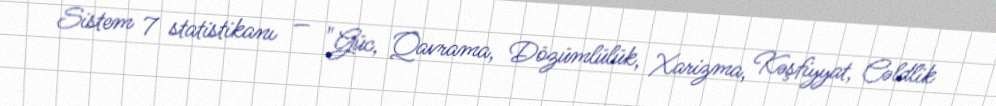
Sistem 7 statistikanı — "Güc, Qavrama, Dözümlülük, Xarizma, Kəşfiyyat, Cəldlik